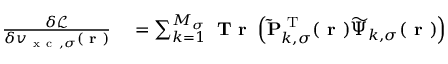
\begin{array} { r l } { \frac { \delta \mathcal { L } } { \delta v _ { \mathrm { ~ x ~ c ~ } , \sigma } ( \boldsymbol { \textbf { r } } ) } } & { { } = \sum _ { k = 1 } ^ { M _ { \sigma } } \textbf { T r } \left( \mathbf { \widetilde { P } } _ { k , \sigma } ^ { \mathrm { ~ T ~ } } ( \boldsymbol { \textbf { r } } ) \boldsymbol { \widetilde { \Psi } } _ { k , \sigma } ( \boldsymbol { \textbf { r } } ) \right) } \end{array}